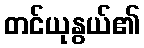
တင်ယုနွယ်၏